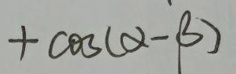
$+\cos(\alpha - \beta)$